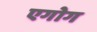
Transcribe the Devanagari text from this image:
एगोग